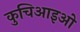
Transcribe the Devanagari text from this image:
कुचिआइओ